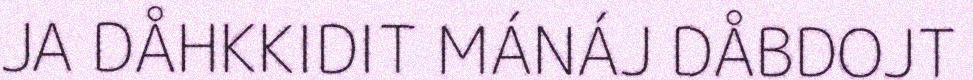
JA DÅHKKIDIT MÁNÁJ DÅBDOJT